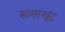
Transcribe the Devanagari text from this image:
सागरखुंट